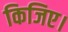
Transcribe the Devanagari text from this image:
किजिए।